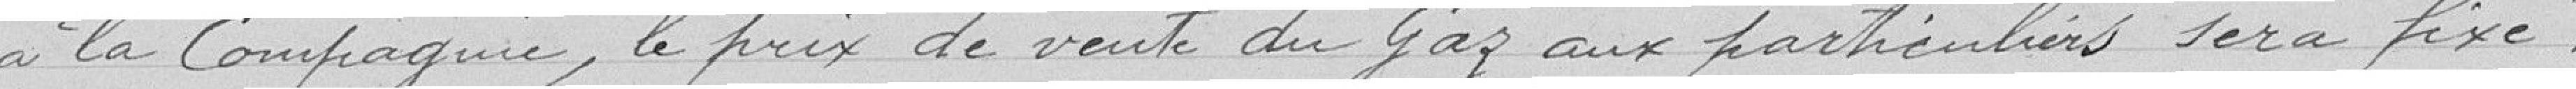
à la Compagnie, le prix de vente du gaz aux particuliers sera fixé